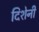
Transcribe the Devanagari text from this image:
दिशेनी